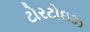
ટોરટોઇઝ